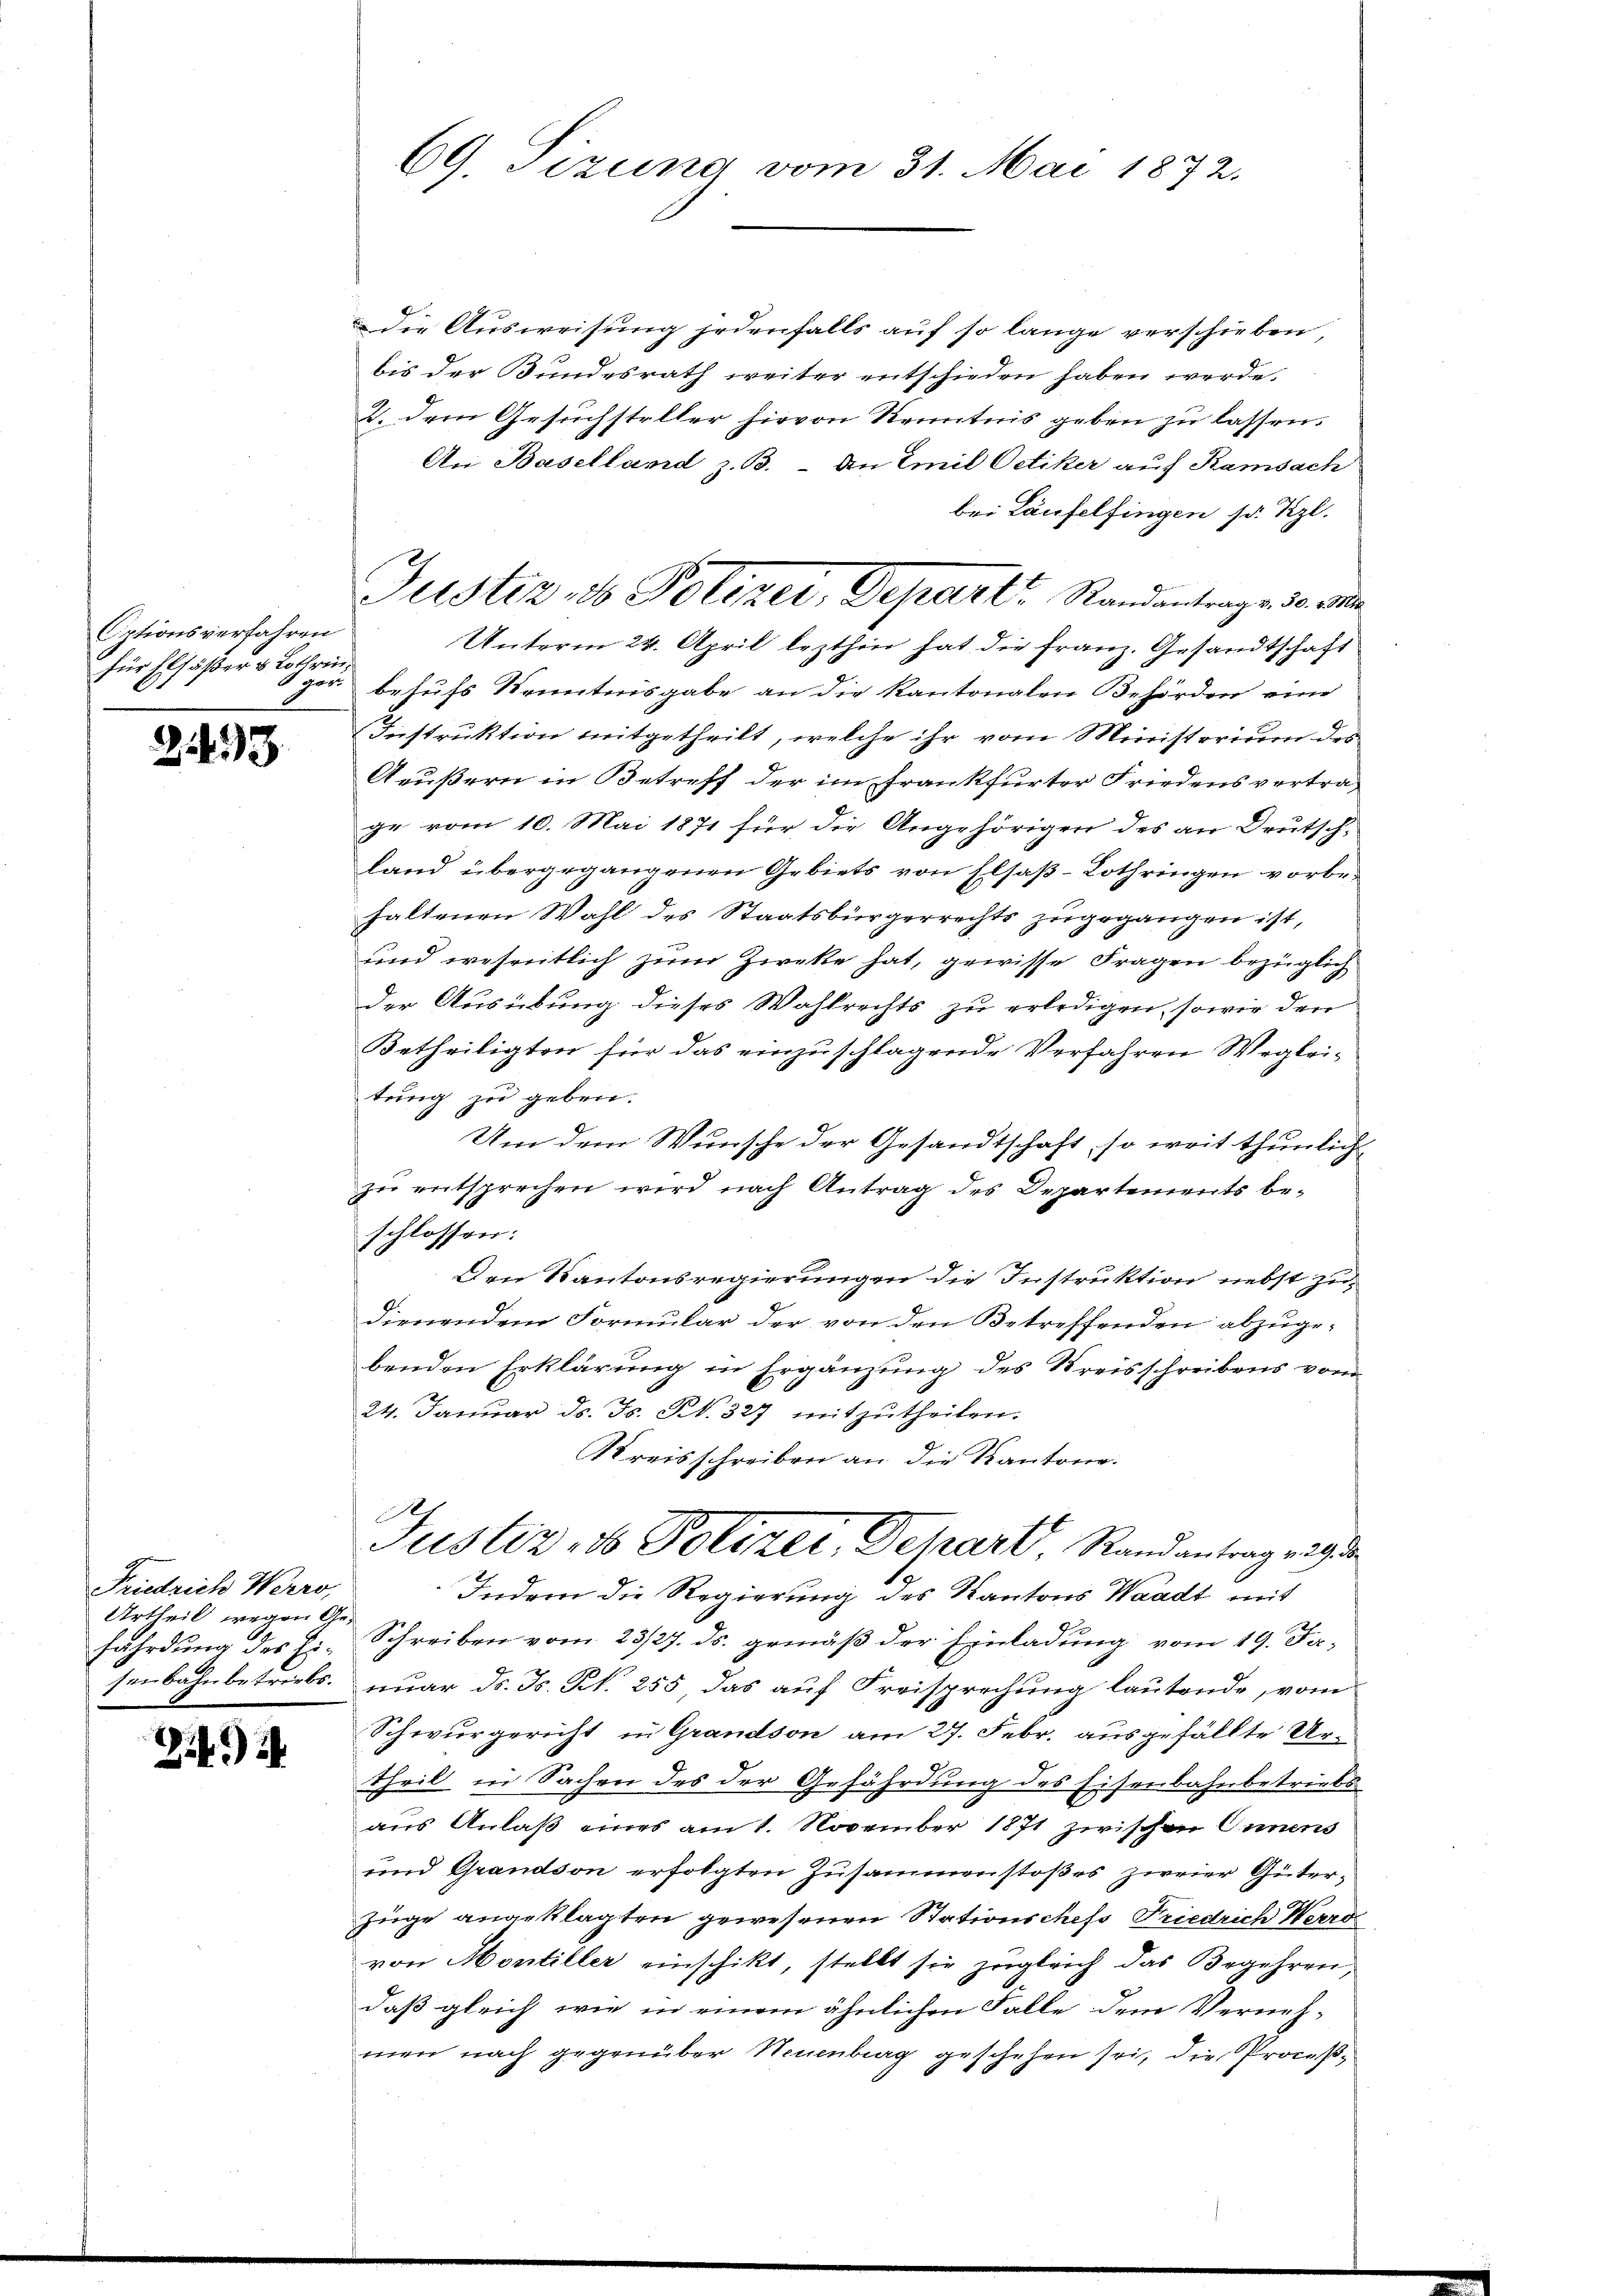
Optionsverfahren
für Elsäßer & Lothrin

2143

Friedrich Werro,
Urtheil wegen Ge¬

2

die Ausweisung jedenfalls auf so lange verschieben,
bis der Bundesrath weiter entschieden haben werde.
2. dem Gesuchsteller hievon Kenntnis geben zu lassen.
An Baselland z. B. - An Emil Oetiker auf Ramsach
bei Laufelfingen so Kzl.
Unterm 24. April lezthin hat die Franz. Gesandtschaft
1 gern behufs Kenntnisgabe an die Kantonalen Behörden eine
Instruktion mitgetheilt, welche ihr vom Ministerium des
Aeußern in Betreff der im Frankfurter Friedensvertrage vom 10. Mai 1871 für die Angehörigen des an Deutsch-
land übergegangenen Gebiets von Elsaß-Lothringen vorbehaltenen Wahl des Staatsbürgerrechts zugegangen ist,
und wesentlich zum Zwecke hat, gewisse Fragen bezüglich
der Ausübung dieses Wahlrechts zu erledigen, sowie den
Betheiligten für das einzuschlagende Verfahren Wegleitung zu geben.
Um dem Wunsche der Gesandtschaft, so weit thunlich-
zu entsprechen wird nach Antrag des Departements beschlossen:
Den Kantonsregierungen die Instruktion nebst zudienendem Formular der von den Betreffenden abzuge-
benden Erklärung in Ergänzung des Kreisschreibens vom
24. Januar ds. Js. N. 327 mitzŭtheilen.
Kreisschreiben an die Kantone.
Justiz, 1 Polizer, Schart, Randantrag eigen
Indem die Regierung des Kantons Waadt mit
fährdung des H. Schreiben vom 23/27. ds. gemäß der Einladung vom 19. Ja,
senbahnbetriebs. nuar d. Js. N. 255, das auf Freisprechung lautende, vom
Schwurgericht in Grandson am 27. Febr. ausgefällte Urtheil in Sachen des der Gefährdung des Eisenbahnbetriebs
aus Anlaß eines am 1. November 1871 zwischen Innens
und Grandson erfolgten Zusammenstoßes zweier Güter¬
Züge angeklagten gewesenen Stationschefs Friedrich Werro
von Montiller einschikt, stellt sie zugleich das Begehren,
daß gleich wie in einem ähnlichen Falle dem Vernehmen nach gegenüber Neuenburg geschehen sei, die Proces¬

69. Sizung vom 31. Mai 1872.

Justiz & Polizer, Depart Randantrage des Ma